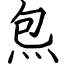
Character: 炰